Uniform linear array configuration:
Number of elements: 4
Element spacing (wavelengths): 0.75
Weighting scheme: exponential
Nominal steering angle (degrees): -30
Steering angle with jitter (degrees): -30.87
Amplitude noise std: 0.05
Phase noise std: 0.05

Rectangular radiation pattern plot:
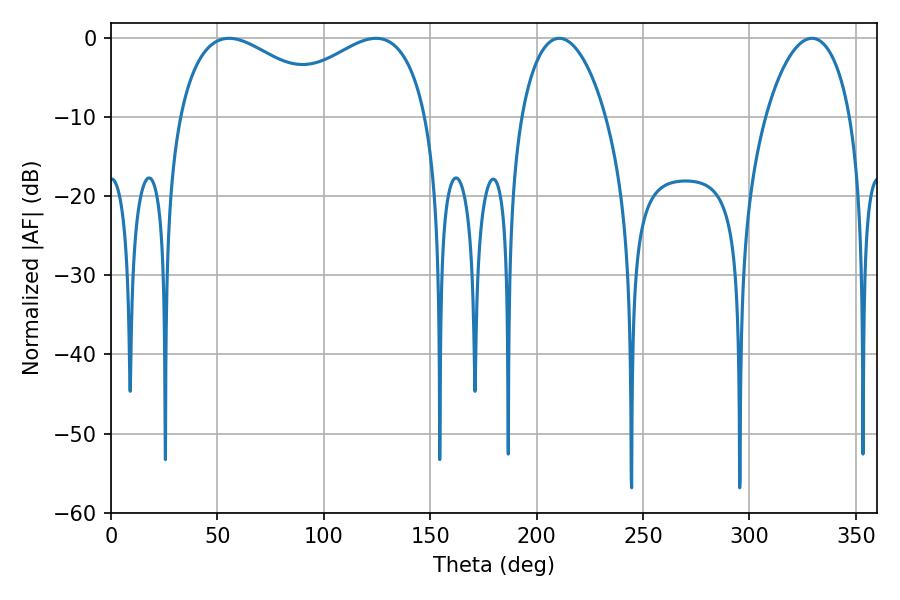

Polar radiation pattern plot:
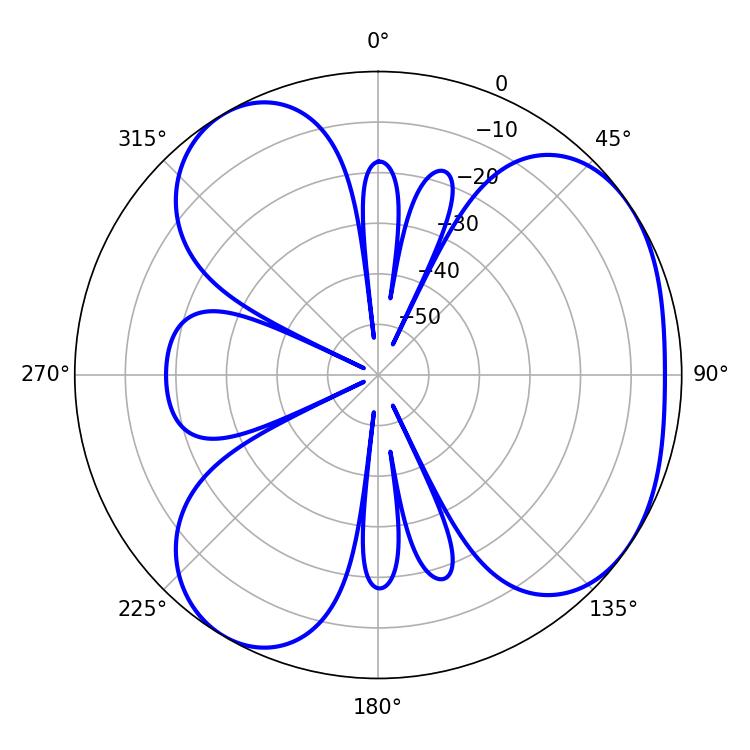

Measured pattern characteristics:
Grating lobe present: TRUE
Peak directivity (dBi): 4.494
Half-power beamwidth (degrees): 41.76
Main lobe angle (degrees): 55.44